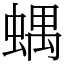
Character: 𧍪